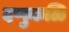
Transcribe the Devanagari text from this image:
दप्पुकळि